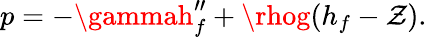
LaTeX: p=-\gammah_{f}^{\prime\prime}+\rhog(h_{f}-\mathcal{Z}).